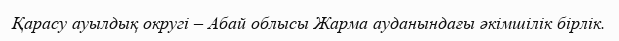
Қарасу ауылдық округі – Абай облысы Жарма ауданындағы әкімшілік бірлік.